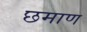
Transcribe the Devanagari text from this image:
छमाण